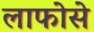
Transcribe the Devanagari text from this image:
लाफोसे